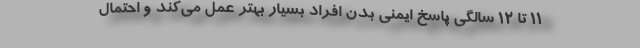
۱۱ تا ۱۲ سالگی پاسخ ایمنی بدن افراد بسیار بهتر عمل می‌کند و احتمال